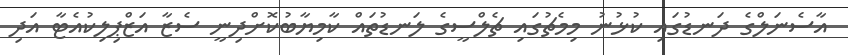
އާސެނަލްގެ ދަނޑުގައި ކުޅުނު މިމެޗުގައި ޗެލްސީގެ ލަނޑުތައް ކާމިޔާބުކޮށްދިނީ ސެޒާ އަޒްޕިލިކުއެޓާ އަދި